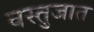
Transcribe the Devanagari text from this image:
वस्तुजात